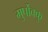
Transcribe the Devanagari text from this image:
मुर्पोक्कु